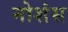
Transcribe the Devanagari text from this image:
नोशंस